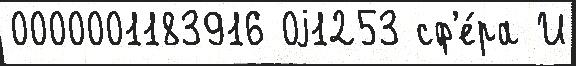
0000001183916 0j1253 сф'е́ра И